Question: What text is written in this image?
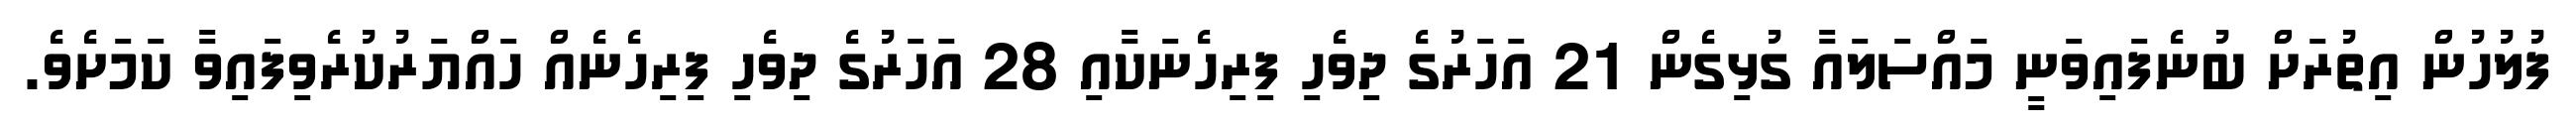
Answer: ފުލުހުން އިތުރަށް ބުނެފައިވަނީ މައްސަލައާ ގުޅިގެން 21 އަހަރުގެ ދިވެހި ފިރިހެނަކާއި 28 އަހަރުގެ ދިވެހި ފިރިހެނެއް ހައްޔަރުކުރެވިފައިވާ ކަމަށެވެ.